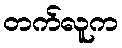
တက်လူက